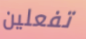
تفعلين